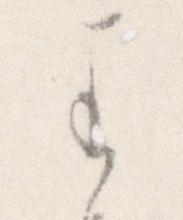
わ